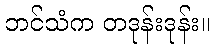
ဘင်သံက တဒုန်းဒုန်း။